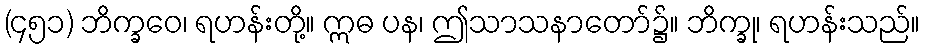
(၄၅၁) ဘိက္ခဝေ၊ ရဟန်းတို့။ ဣဓ ပန၊ ဤသာသနာတော်၌။ ဘိက္ခု၊ ရဟန်းသည်။